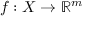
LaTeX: f : X \rightarrow \mathbb { R } ^ { m }